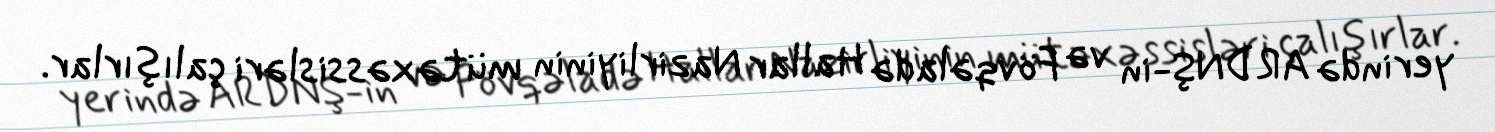
yerində ARDNŞ-in və Fövqəladə Hallar Nazirliyinin mütəxəssisləri çalışırlar.